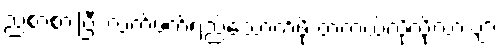
ညစာစားပြီး လက်ဖက်ရည်သောက်ဖို့ တကယ်လိုလို့လားဗျာ